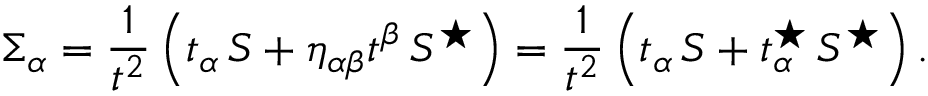
\Sigma _ { \alpha } = { \frac { 1 } { t ^ { 2 } } } \left( t _ { \alpha } \, S + \eta _ { \alpha \beta } t ^ { \beta } \, S ^ { \star } \right) = { \frac { 1 } { t ^ { 2 } } } \left( t _ { \alpha } \, S + t _ { \alpha } ^ { \star } \, S ^ { \star } \right) .